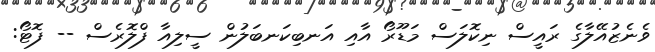
ވެނެޒުއޭލާގެ ރައީސް ނިކޮލަސް މަޑޫރޯ އާއި އަނބިކަނބަލުން ސީލިއާ ފްލޮރެސް -- ފޮޓޯ: